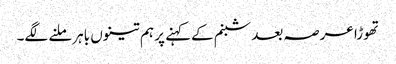
تھوڑا عرصہ بعد شبنم کےکہنے پر ہم تینوں باہرملنے لگے۔